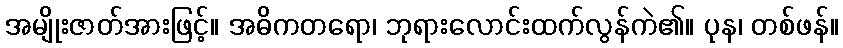
အမျိုးဇာတ်အားဖြင့်။ အဓိကတရော၊ ဘုရားလောင်းထက်လွန်ကဲ၏။ ပုန၊ တစ်ဖန်။